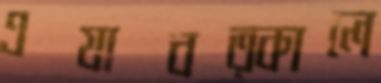
এযাবত্কালে